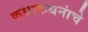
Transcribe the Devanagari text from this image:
कथाकथनांचे